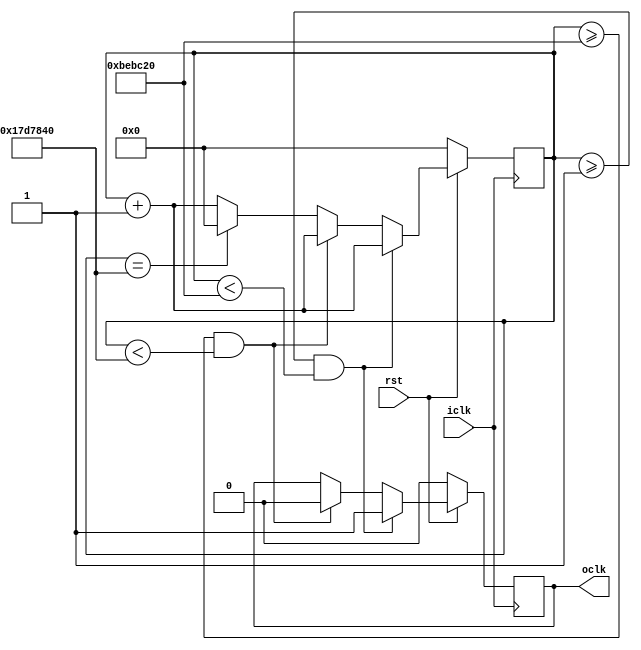
//------------------------------------------------------------------------//
//                                                                        //
//  Class           : Comp. Organ. and Design class                       //
//  Project         : PICO_basic_system                                   //
//                                                                        //
//------------------------------------------------------------------------//
//  HISTORY         :                                                     //
//  REV   DATE        AUTHOR        NOTE                                  //
//  0.01  2006        N.Hamada      Initial Version                       //
//  0.02  2007/08/06  Y.Sato        Using Megafunction Memory Version     //
//  0.03  2009/08/20  Y.Ikegaki     Revise descriptions                   //
//                                                                        //
//------------------------------------------------------------------------//

module genClk
  (
   //-- input --//
   iclk,
   rst,

   //-- output --//
   oclk
   );

   //-- input 
   input         iclk; // 50 MHz
   input         rst;
   //-- output 
   output        oclk; // 2 Hz

   //-- reg
   reg    [31:0] count;
   reg           oclk;


   always@(posedge iclk) begin
      if(!rst) begin
         count <= 32'h0;
         oclk  <= 1'b0;
      end
      else begin
         count <= count + 32'h00000001;
         if(count >= 32'h00000001 && count < 32'h00BEBC20)      oclk  <= 1'b1;
         else if(count >= 32'h00BEBC20 && count < 32'h017D7840 ) oclk  <= 1'b0;
         else if(count == 32'h017D7840)                       count <= 32'h00000000;
      end
   end

endmodule // genClk